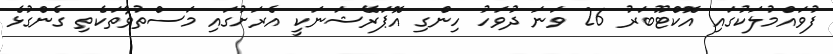
ފުވައްމުލަކުގައި އޮކްޓޫބަރު 26 ވަނަ ދުވަހު ހިންގި އޮޕަރޭޝަނަކީ އެރަށުގައި މަސްތުވާތަކެތި ގެންގުޅެ